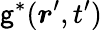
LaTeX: \mathsf{g}^{\ast}(\boldsymbol{r}^{\prime},t^{\prime})